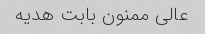
عالی ممنون بابت هدیه